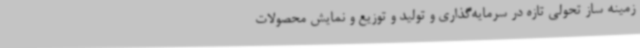
زمینه ساز تحولی تازه در سرمایه‌گذاری و تولید و توزیع و نمایش محصولات